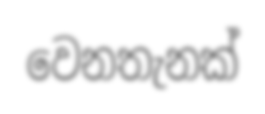
වෙනතැනක්